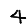
Digit: 4